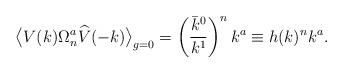
LaTeX: \begin{align*} \big\langle V (k) \Omega_n^a \widehat{V}(-k) \big\rangle_{g=0} = \left ( \frac{\bar{k}^0}{k^1} \right )^n k^a \equiv h(k)^n k^a.\end{align*}